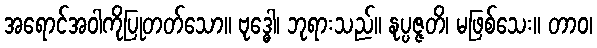
အရောင်အဝါကိုပြုတတ်သော။ ဗုဒ္ဓေါ၊ ဘုရားသည်။ နုပ္ပဇ္ဇတိ၊ မဖြစ်သေး။ တာဝ၊